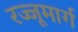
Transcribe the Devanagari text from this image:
रज्जूमार्ग